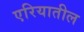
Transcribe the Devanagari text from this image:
एरियातील